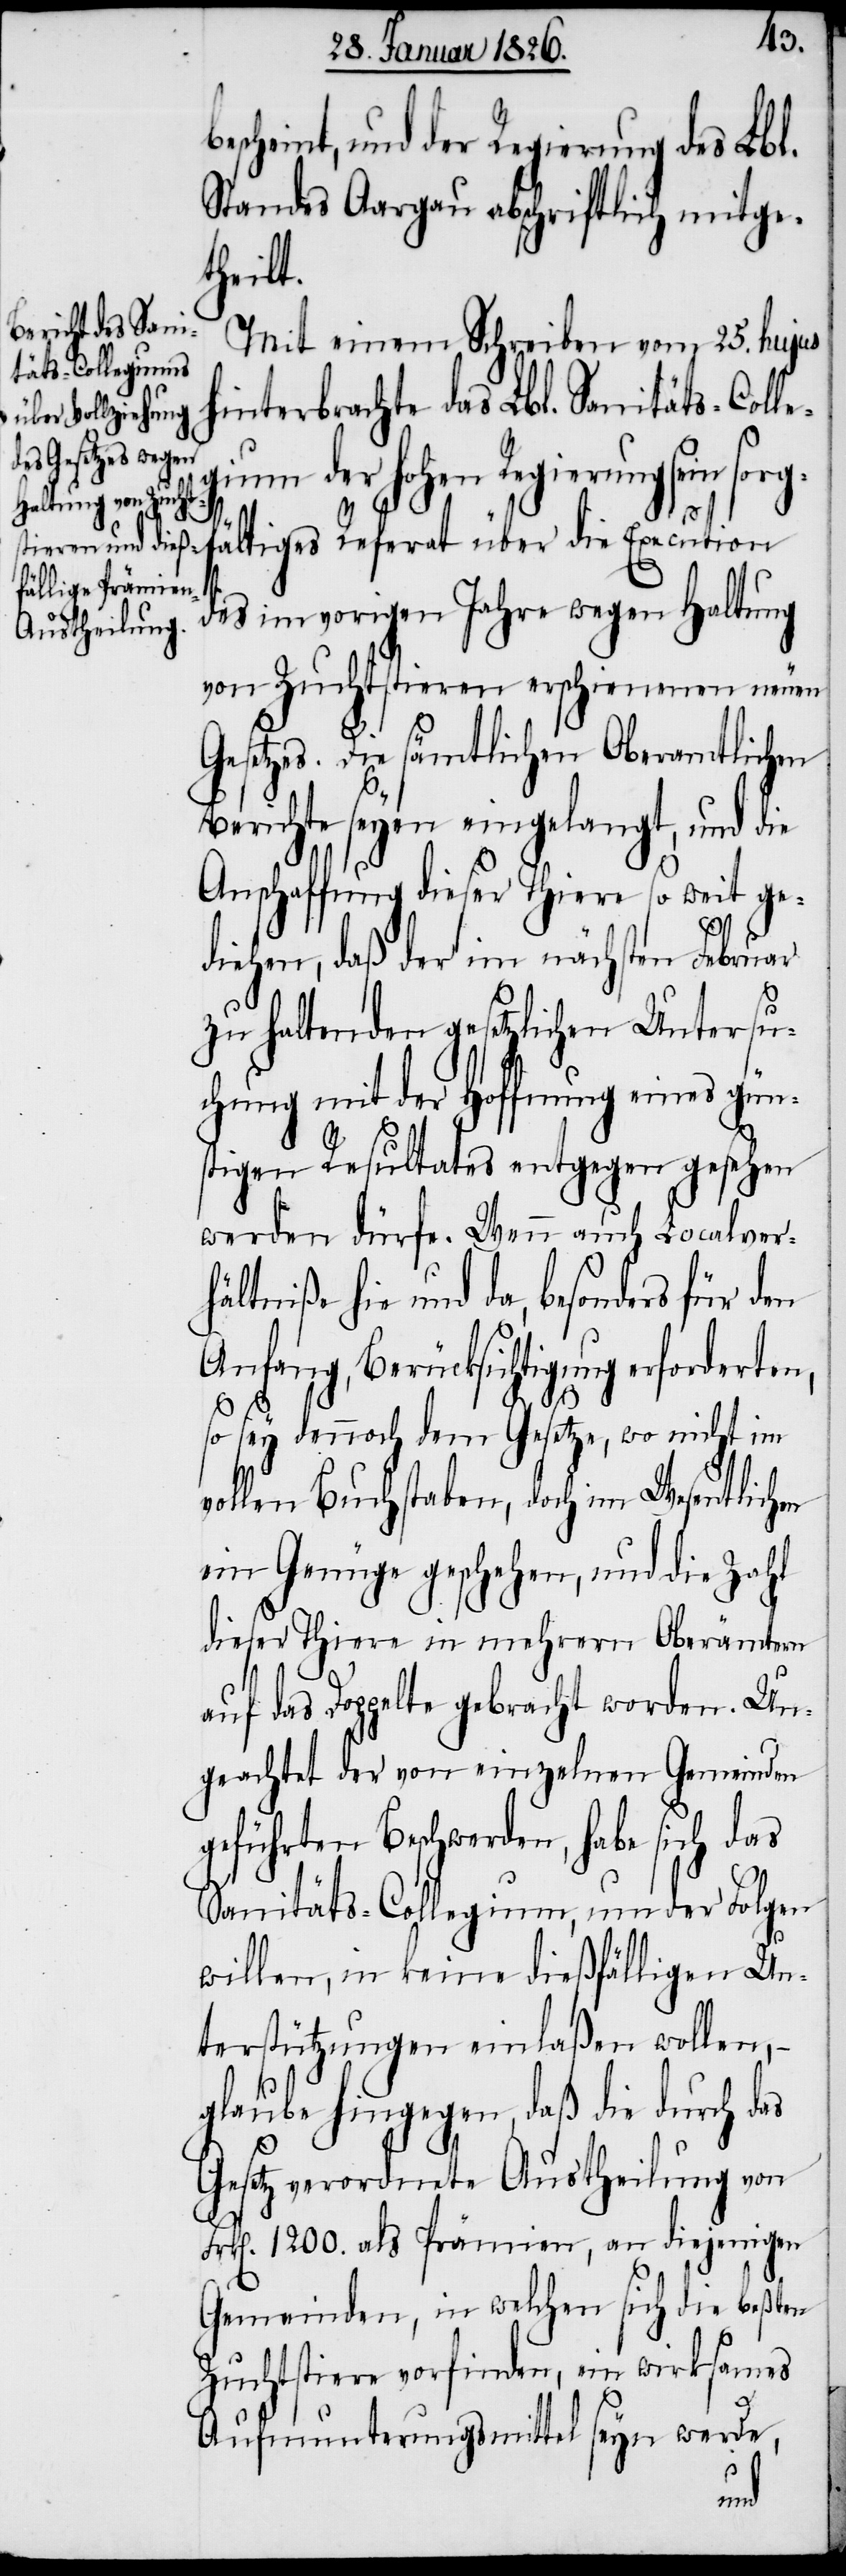
scheint, und der Regierung des Lbl.
Standes Aargau abschriftlich mitge¬
theilt.
Mit einem Schreiben vom 25. hujus
hinterbrachte das Lbl. Sanitäts-Colle¬
gium der hohen Regierung sein sorg¬
fältiges Referat über die Execution
des im vorigen Jahre wegen Haltung
von Zuchtstieren erschienenen neuen
Gesetzes. Die sämtlichen Oberamtlichen
Berichte seyen eingelangt, und die
Anschaffung dieser Thiere so weit ge¬
diehen, daß der im nächsten Februar
zu haltenden gesetzlichen Untersu¬
chung mit der Hoffnung eines gün¬
stigen Resultates entgegen gesehen
werden dürfe. Wenn auch Localver¬
hältniße hie und da, besonders für den
Anfang, Berücksichtigung erforderten,
so sey dennoch dem Gesetze, wo nicht im
vollen Buchstaben, doch im Wesentlichen
ein Genüge geschehen, und die Zahl
dieser Thiere in mehrern Oberämtern
auf das Doppelte gebracht worden. Un¬
geachtet der von einzelnen Gemeinden
geführten Beschwerden, habe sich das
Sanitäts-Collegium nun der Folgen
willen, in keine dießfälligen Un¬
terstützungen einlaßen wollen, –
glaube hingegen, daß die durch das
Gesetz verordnete Austheilung von
rk[en]. 1200. als Prämien, an diejenigen
Gemeinden, in welchen sich die beßten
Zuchtstiere vorfinden, ein wirksames
Aufmunterungsmittel seyn werde,
F¬